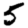
Digit: 5